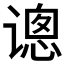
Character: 𰶂